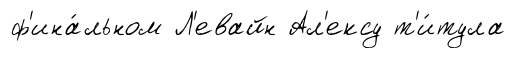
ф'ина́льном Л'евайн Ал'ексу т'и́тула